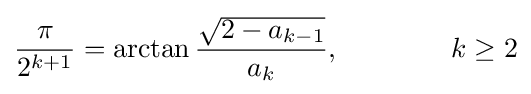
{\frac {\pi }{2^{k+1}}}=\arctan {\frac {\sqrt {2-a_{k-1}}}{a_{k}}},\qquad \qquad k\geq 2